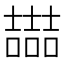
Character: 𡕇